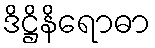
ဒိဋ္ဌိနိရောဓာ